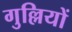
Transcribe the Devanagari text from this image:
गुल्लियों